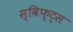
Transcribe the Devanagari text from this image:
स्विफ्ट्स